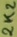
Text: 2K2